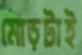
মোড়টাই